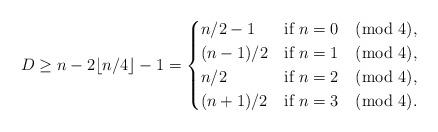
LaTeX: \begin{align*} D\ge n - 2\lfloor n/4 \rfloor -1=\begin{cases}n/2-1 & \textrm{if $n = 0 \pmod 4$,}\\(n-1)/2 & \textrm{if $n = 1 \pmod 4$,}\\n/2 & \textrm{if $n = 2 \pmod 4$,}\\(n+1)/2 & \textrm{if $n = 3 \pmod 4$.}\end{cases}\end{align*}